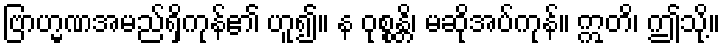
ဗြာဟ္မဏအမည်ရှိကုန်၏ ဟူ၍။ န ဝုစ္စန္တိ၊ မဆိုအပ်ကုန်။ ဣတိ၊ ဤသို့။